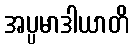
အပ္ပမာဒါယာတိ